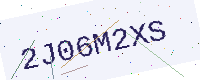
Text: 2J06M2XS